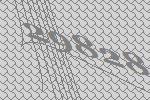
29828